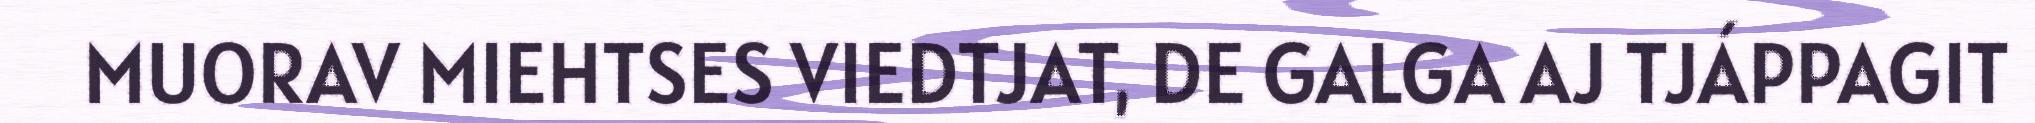
MUORAV MIEHTSES VIEDTJAT, DE GALGA AJ TJÁPPAGIT